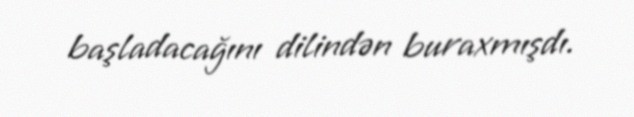
başladacağını dilindən buraxmışdı.